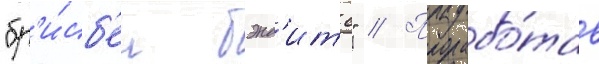
"бр'и́сб'ен бэнд'итс" // Прорабо́тав